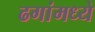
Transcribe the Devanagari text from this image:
ढगांमध्ये